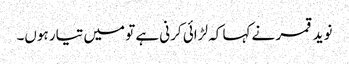
نوید قمر نے کہا کہ لڑائی کرنی ہے تو میں تیار ہوں۔